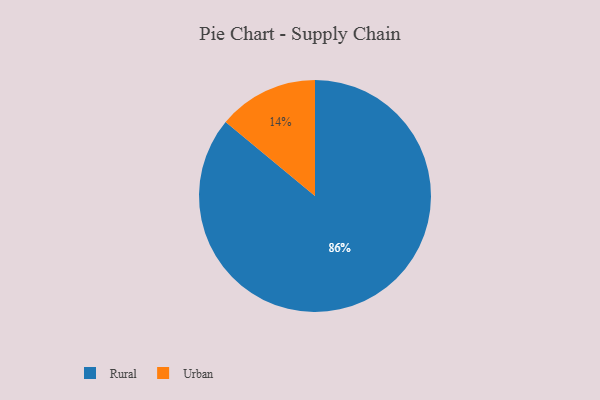
{"axis": {"x": "Category", "y": "Percentage"}, "legend": ["Rural", "Urban"], "data": [{"x": "Rural", "y": 86, "type": "Rural"}, {"x": "Urban", "y": 14, "type": "Urban"}]}